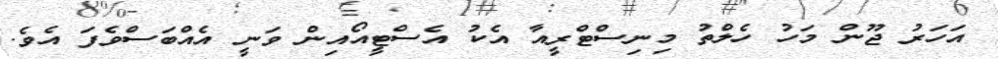
އަހަރު ޖޫން މަހު ހެލްތު މިނިސްޓްރީއާ އެކު އެސްޓީއޯއިން ވަނީ އެއްބަސްވެފަ އެވެ.